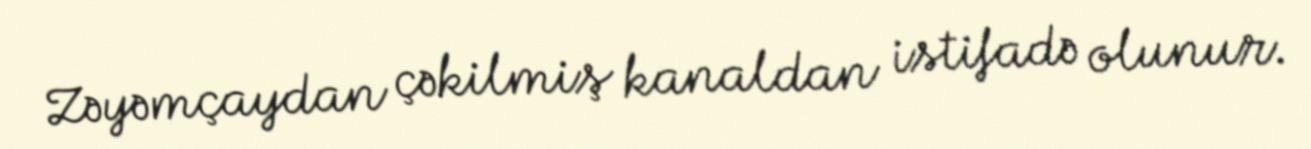
Zəyəmçaydan çəkilmiş kanaldan istifadə olunur.